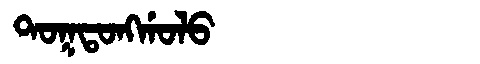
Manchu: ᡨᠣᡴᡨᠣᠩᡤᠣᠯᠣ
Romanization: TOKTONGGOLO